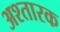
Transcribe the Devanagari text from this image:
अश्तारक